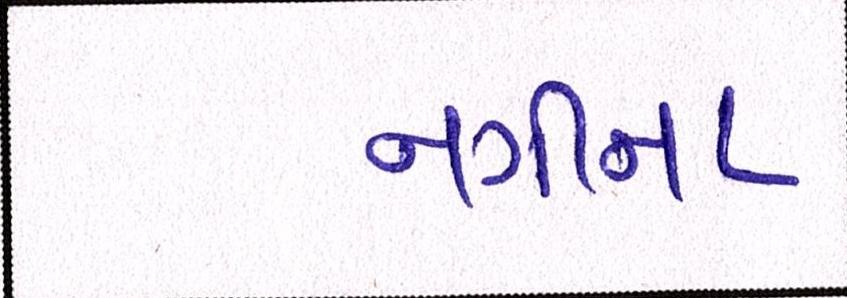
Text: નગીના